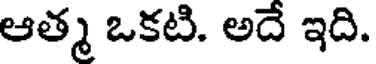
ఆత్మ ఒకటి. అదే ఇది.